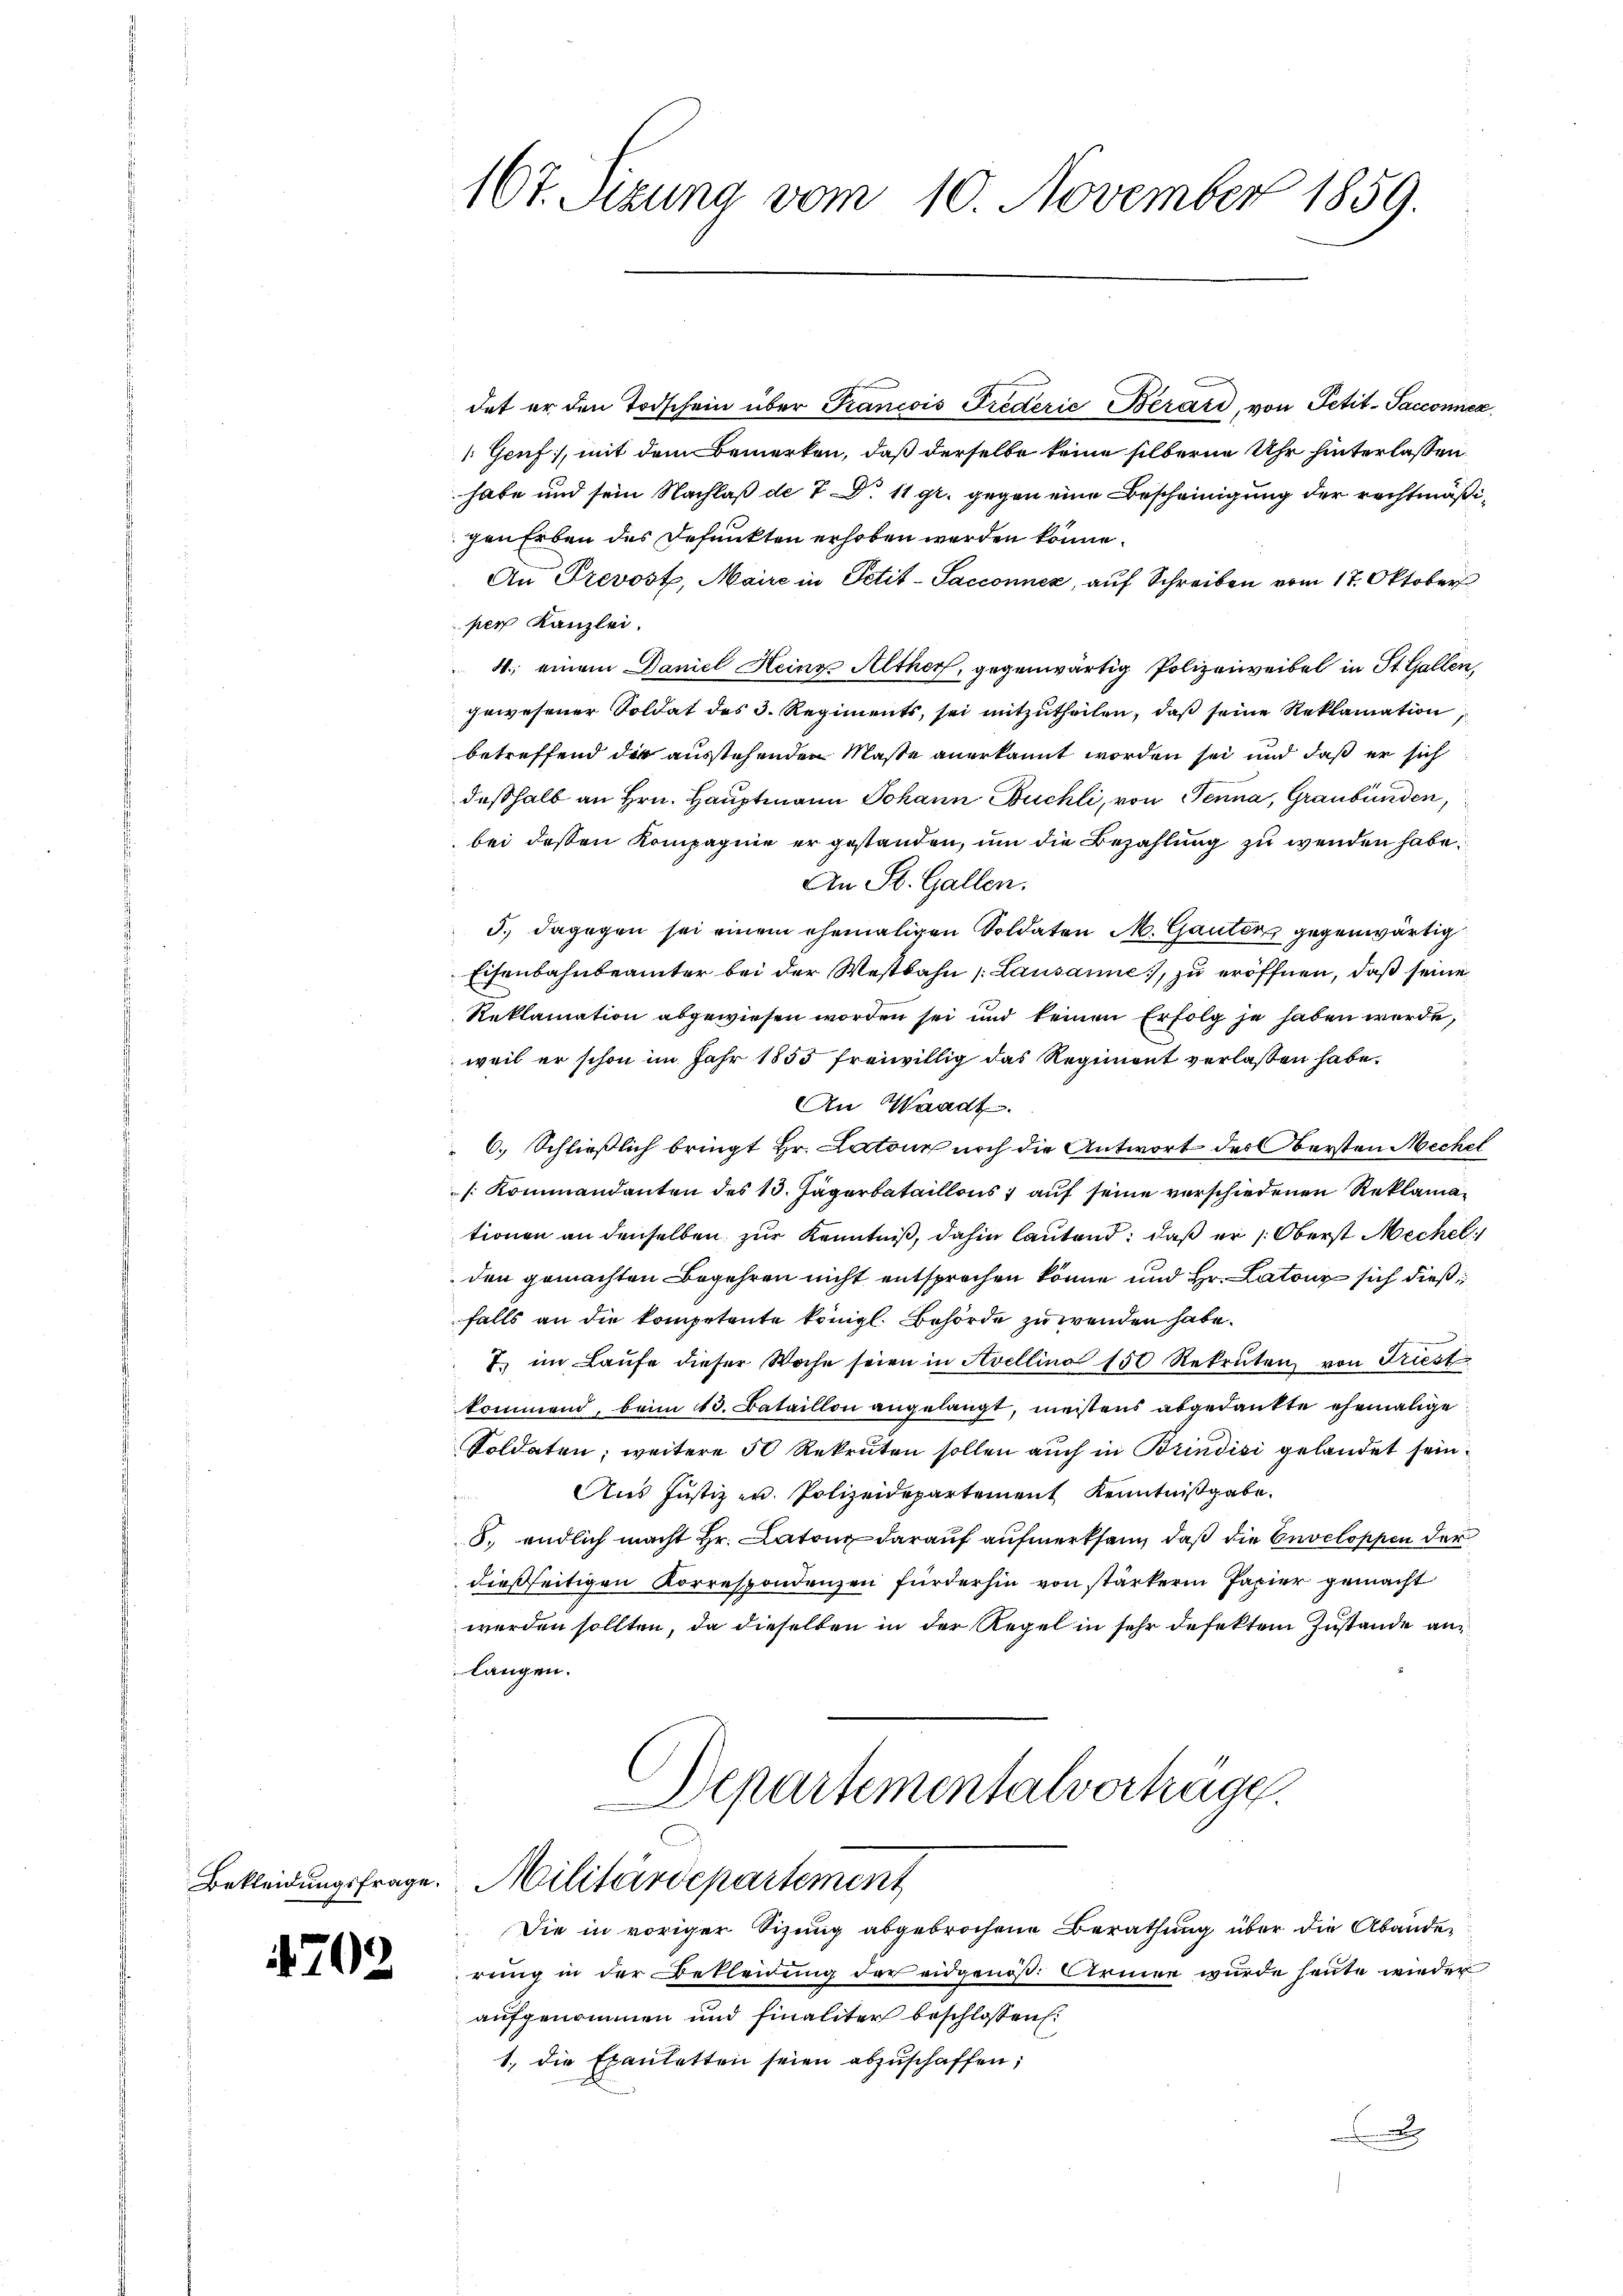
4702

10t. Sitzung vom 10. November 1859.

dat er den Todschein über Francois Frederić Bérard, von Petit-Sacconnex
Geuf], mit dem Bemerken, daß derselbe keine silberne Uhr hinterlassen
habe und sein Nachlaß de 7 D. 11 gr. gegen eine Bescheinigung der rechtmäßigen Erben des Defunkten erhoben werden könne.
An Prevost, Maire in Petit-Sacconnez, auf Schreiben vom 17. Oktober
per Kanzlei.
4; einem Daniel Heines Althorf, gegenwärtig Polizeiweibel in St. Gallen,
gewesener Soldat des 3. Regiments, sei mitzutheilen, daß seine Reklamation
betreffend die ausstehenden Masse anerkannt worden sei und daß er sich
deßhalb an Hrn. Hauptmann Johann Buchli, von Senna, Graubünden,
bei deßen Kompagnie er gestanden, um die Bezahlung zu wenden habe.
An St. Gallen.
d.) dagegen sei einem ehemaligen Soldaten M. Ganten, gegenwärtig
Eisenbahnbeamter bei der Westbahn (Lausanne, zu eröffnen, daß seine
Reklamation abgewiesen worden sei und keinen Erfolg je haben werde,
weil er schon im Jahr 1853 freiwillig das Regiment verlaßen habe.
An Waadt.
.
 6. Schließlich bringt Hr. Latour noch die Antwort des Obersten Meckel
[Kommandanten des 13. Jägerbataillons auf seine verschiedenen Reklamationen an denselben zur Kenntniß, dahin lautend, daß er Oberst Mechel
den gemachten Begehren nicht entsprochen könne und Hr. Latone sich dießfalls an die kompetente königl. Behörde zu wenden habe.
7 im Laŭfe dieser Woche seien in Avellina 150 Rekruten von Triest
kommend, beim 13. Bataillon angelangt, meistens abgedankte ehemalige
Soldaten; weitere 50 Rekruten sollen auch in Brindici gelandet sein.
Aus Justiz u. Polizeidepartement Kenntnißgabe.
8. endlich macht Hr. Catone darauf aufmerksam, daß die Enveloppen der
dießseitigen Korrespondenzen fürderhin von stärkern Papier gemacht
werden sollten, da dieselben in der Regel in sehr defektem Zustande an
langen.
Departementalverträge.

Bekleidungsfrage. Militärdepartement

Die in voriger Sitzung abgebrochene Berathung über die Abänder
rung in der Bekleidung der eidgenoß: Armen wurde heute wieder
aufgenommen und finaliter beschlossen:
1. die Exantetten seien abzuschaffen;
.